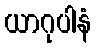
ယာဂုပါနံ